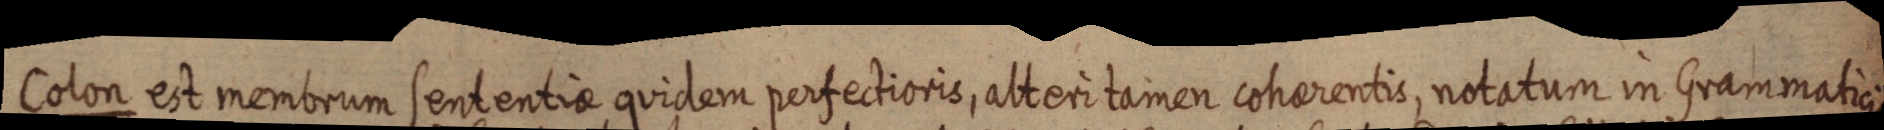
Colon est membrum sententiae quidem perfectioris, alteri tamen coherentis, notatum in Grammaticis